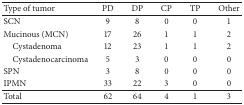
<table><thead><tr><td><b>Type of tumor</b></td><td><b>PD</b></td><td><b>DP</b></td><td><b>CP</b></td><td><b>TP</b></td><td><b>Other</b></td></tr></thead><tbody><tr><td>SCN</td><td>9</td><td>8</td><td>0</td><td>0</td><td>1</td></tr><tr><td>Mucinous (MCN)</td><td>17</td><td>26</td><td>1</td><td>1</td><td>2</td></tr><tr><td> Cystadenoma</td><td>12</td><td>23</td><td>1</td><td>1</td><td>2</td></tr><tr><td> Cystadenocarcinoma</td><td>5</td><td>3</td><td>0</td><td>0</td><td>0</td></tr><tr><td>SPN</td><td>3</td><td>8</td><td>0</td><td>0</td><td>0</td></tr><tr><td>IPMN</td><td>33</td><td>22</td><td>3</td><td>0</td><td>0</td></tr><tr><td>Total</td><td>62</td><td>64</td><td>4</td><td>1</td><td>3</td></tr></tbody></table>